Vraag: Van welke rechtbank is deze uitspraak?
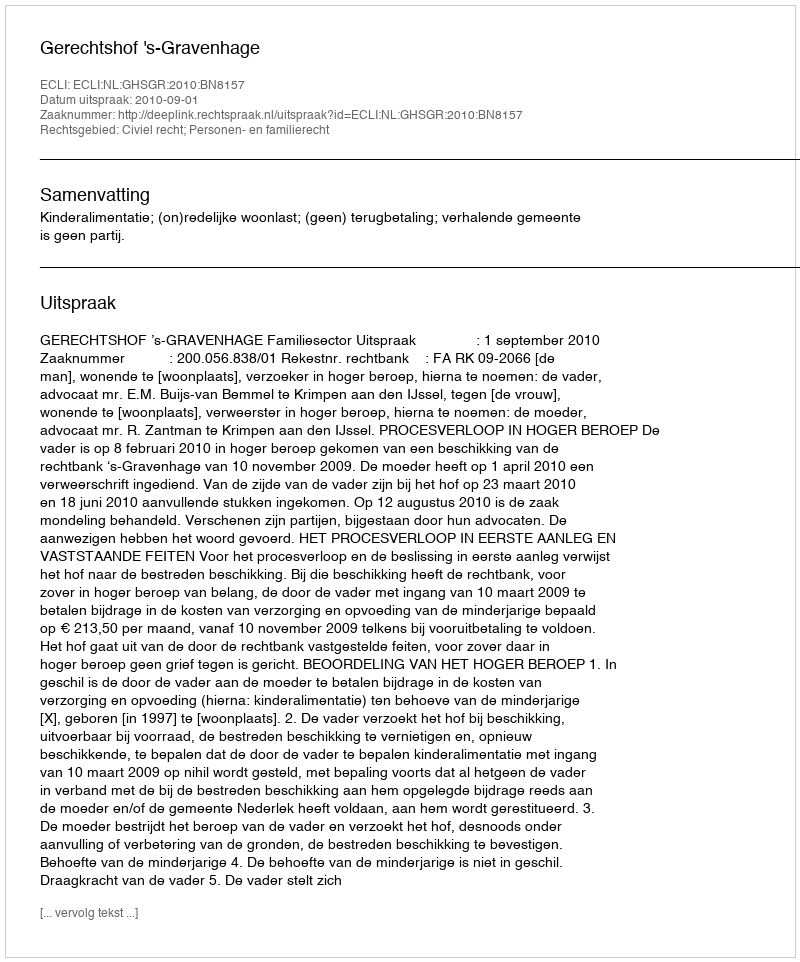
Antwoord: Gerechtshof 's-Gravenhage